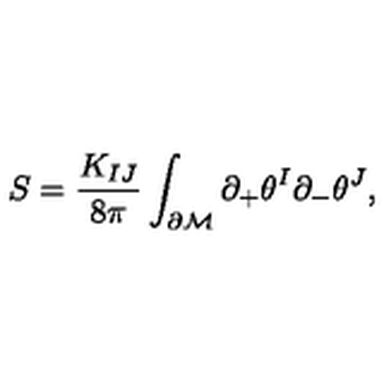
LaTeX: S = \frac { K _ { I J } } { 8 \pi } \int _ { \partial \cal M } \partial _ { + } \theta ^ { I } \partial _ { - } \theta ^ { J } ,